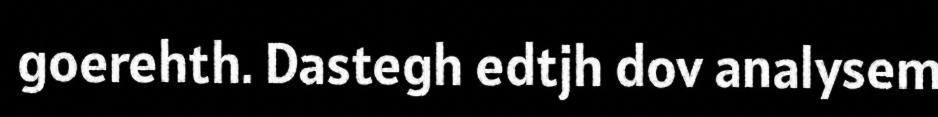
goerehth. Dastegh edtjh dov analysem